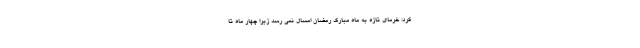
کرد: خرمای تازه به ماه مبارک رمضان امسال نمی رسد زیرا چهار ماه تا